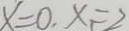
x = 0 , x _ { 1 } = 2